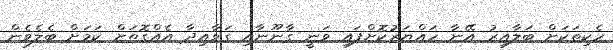
ހެކިތަކަށް ބަލާއިރު އޭނާ ހައްޔަރުކޮށްފައި ވަނީ ގާނޫނާއި ގަވާއިދާ އެއްގޮތަށް ކަމަށް ބެލެވެން